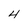
Character: 4